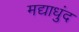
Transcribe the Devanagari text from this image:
मद्याधुंद